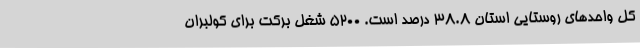
کل واحدهای روستایی استان 38.8 درصد است. 5200 شغل برکت برای کولبران